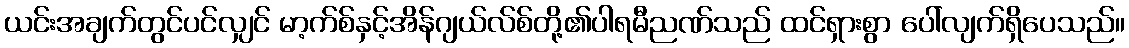
ယင်းအချက်တွင်ပင်လျှင် မာ့က်စ်နှင့်အိန်ဂျယ်လ်စ်တို့၏ပါရမီညဏ်သည် ထင်ရှားစွာ ပေါ်လျက်ရှိပေသည်။